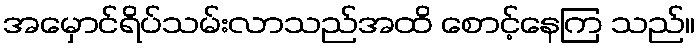
အမှောင်ရိပ်သမ်းလာသည်အထိ စောင့်နေကြ သည်။